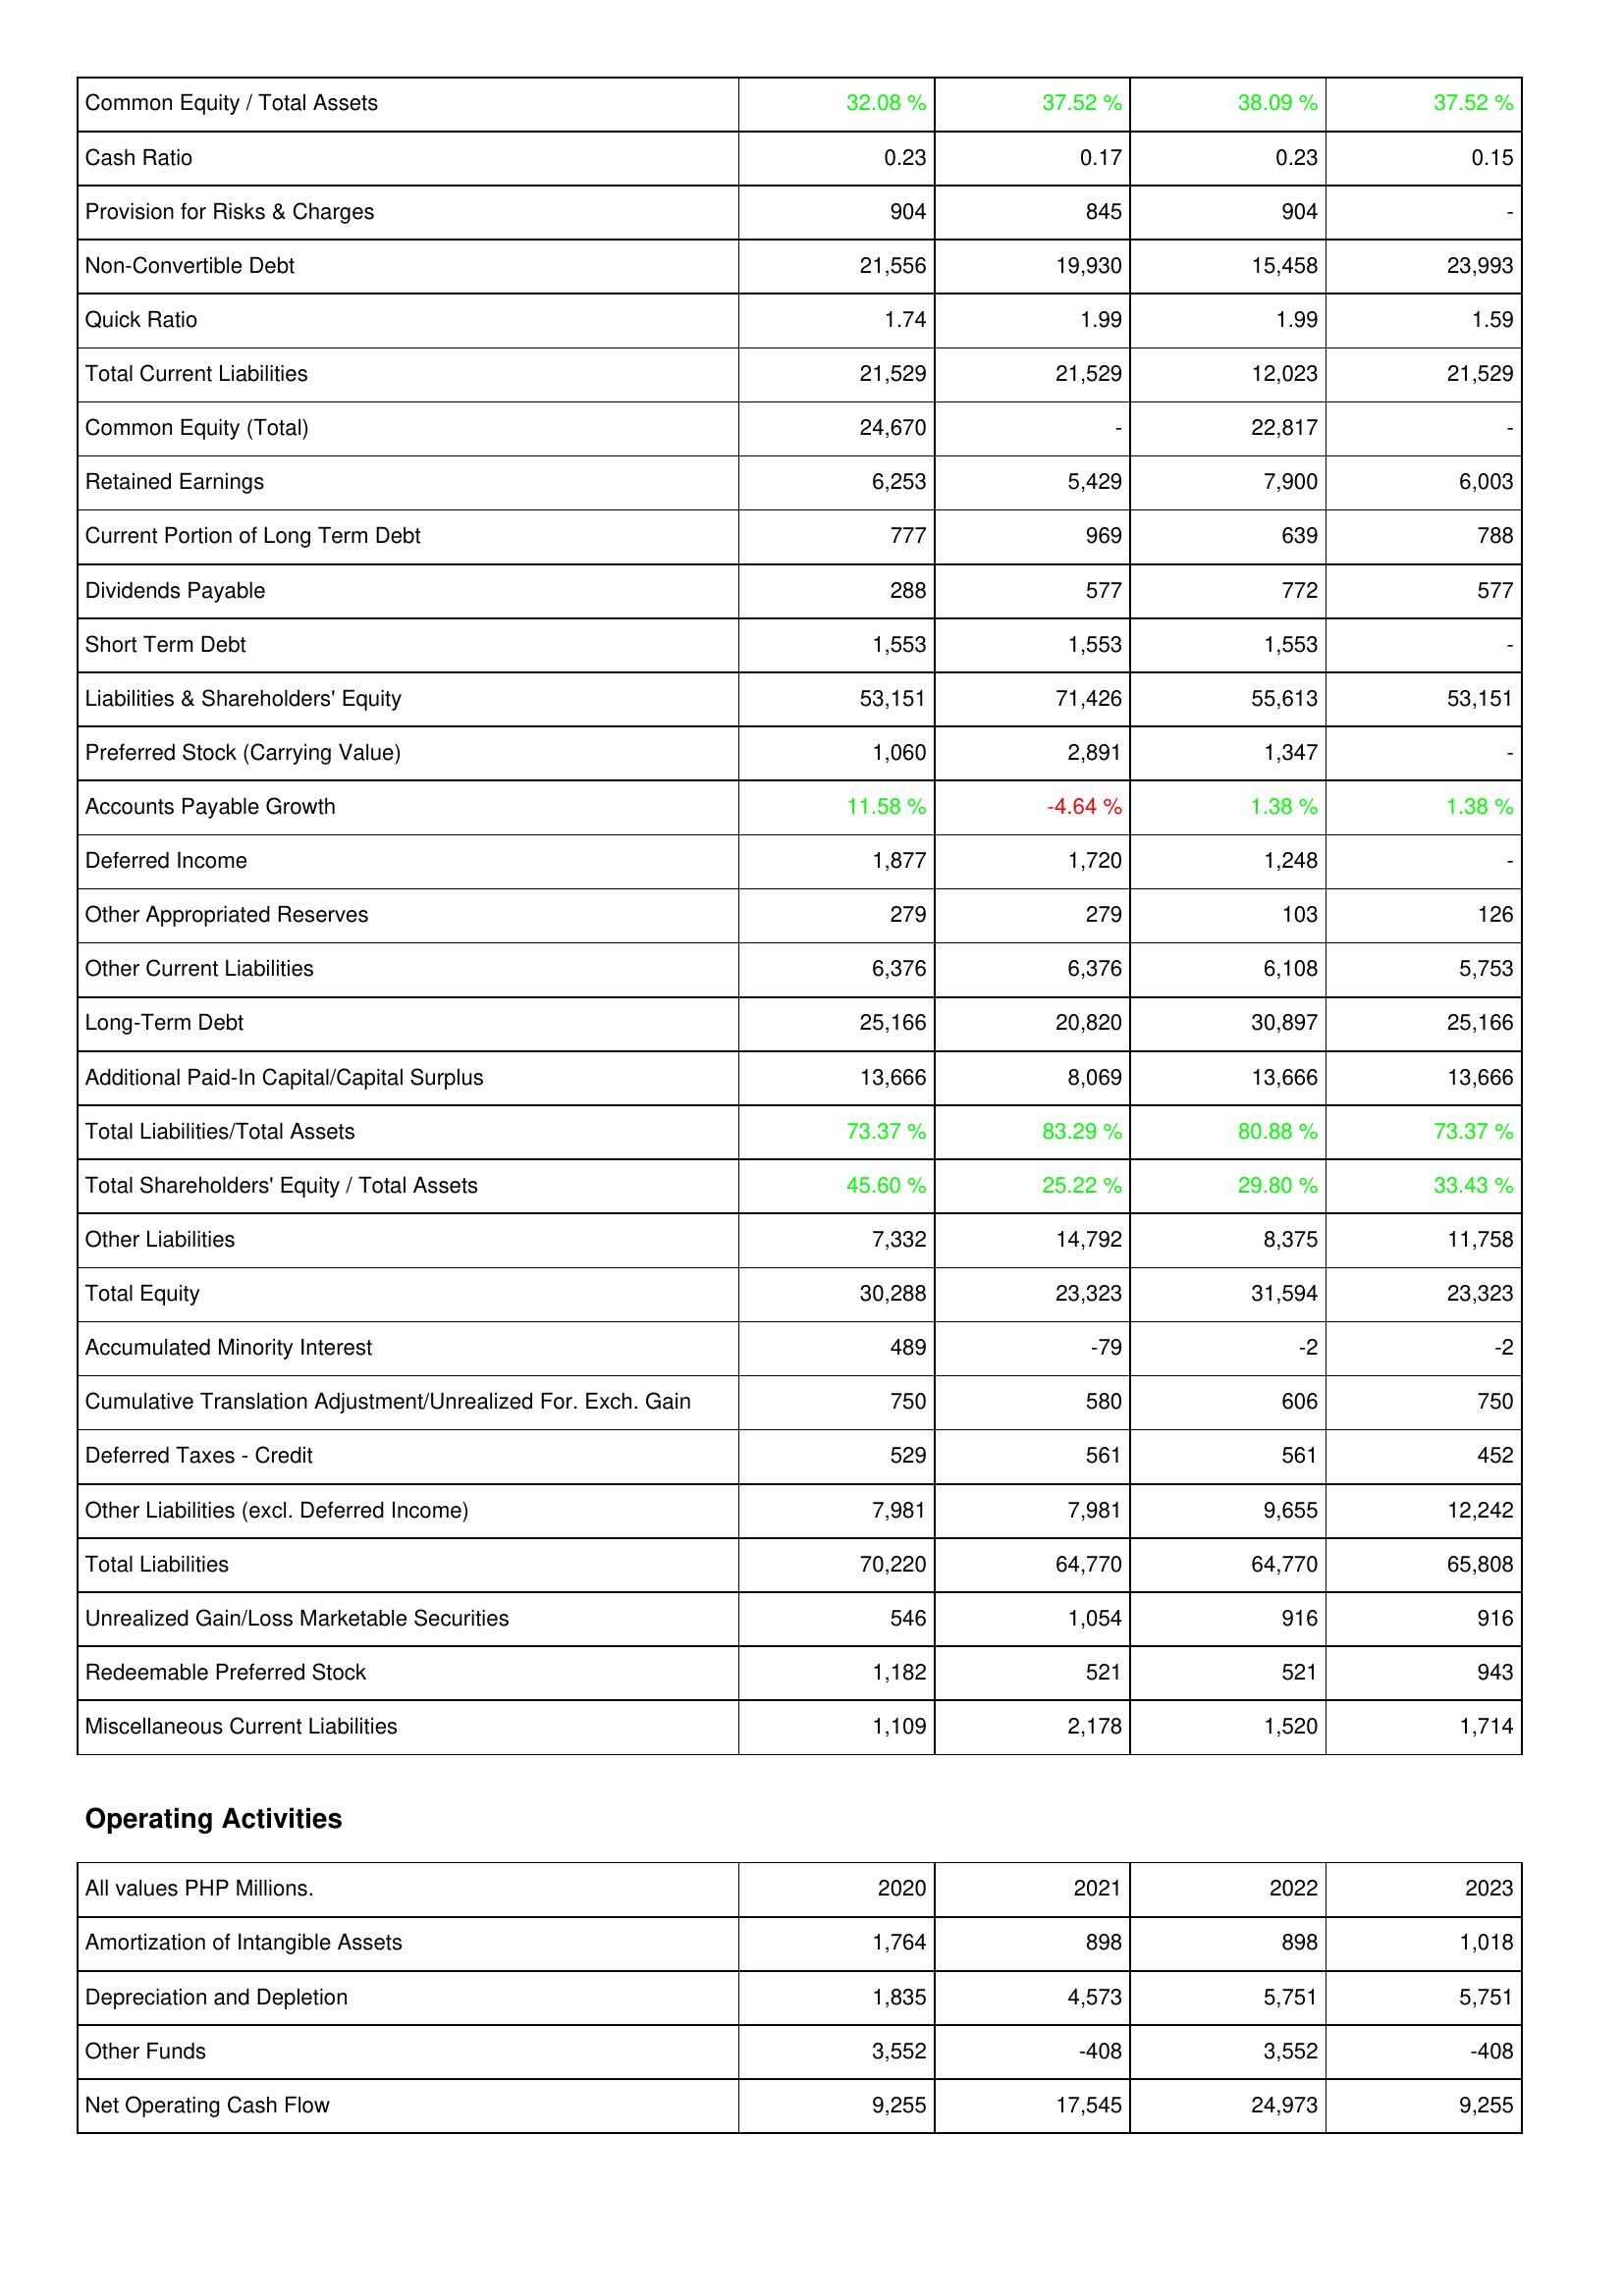
2020: Liabilities & Shareholders' Equity: Common Equity / Total Assets: 32.08 %
Cash Ratio: 0.23
Provision for Risks & Charges: 904
Non-Convertible Debt: 21,556
Quick Ratio: 1.74
Total Current Liabilities: 21,529
Common Equity (Total): 24,670
Retained Earnings: 6,253
Current Portion of Long Term Debt: 777
Dividends Payable: 288
Short Term Debt: 1,553
Liabilities & Shareholders' Equity: 53,151
Preferred Stock (Carrying Value): 1,060
Accounts Payable Growth: 11.58 %
Deferred Income: 1,877
Other Appropriated Reserves: 279
Other Current Liabilities: 6,376
Long-Term Debt: 25,166
Additional Paid-In Capital/Capital Surplus: 13,666
Total Liabilities/Total Assets: 73.37 %
Total Shareholders' Equity / Total Assets: 45.60 %
Other Liabilities: 7,332
Total Equity: 30,288
Accumulated Minority Interest: 489
Cumulative Translation Adjustment/Unrealized For. Exch. Gain: 750
Deferred Taxes - Credit: 529
Other Liabilities (excl. Deferred Income): 7,981
Total Liabilities: 70,220
Unrealized Gain/Loss Marketable Securities: 546
Redeemable Preferred Stock: 1,182
Miscellaneous Current Liabilities: 1,109
Operating Activities: Amortization of Intangible Assets: 1,764
Depreciation and Depletion: 1,835
Other Funds: 3,552
Net Operating Cash Flow: 9,255
2021: Liabilities & Shareholders' Equity: Common Equity / Total Assets: 37.52 %
Cash Ratio: 0.17
Provision for Risks & Charges: 845
Non-Convertible Debt: 19,930
Quick Ratio: 1.99
Total Current Liabilities: 21,529
Common Equity (Total): -
Retained Earnings: 5,429
Current Portion of Long Term Debt: 969
Dividends Payable: 577
Short Term Debt: 1,553
Liabilities & Shareholders' Equity: 71,426
Preferred Stock (Carrying Value): 2,891
Accounts Payable Growth: -4.64 %
Deferred Income: 1,720
Other Appropriated Reserves: 279
Other Current Liabilities: 6,376
Long-Term Debt: 20,820
Additional Paid-In Capital/Capital Surplus: 8,069
Total Liabilities/Total Assets: 83.29 %
Total Shareholders' Equity / Total Assets: 25.22 %
Other Liabilities: 14,792
Total Equity: 23,323
Accumulated Minority Interest: -79
Cumulative Translation Adjustment/Unrealized For. Exch. Gain: 580
Deferred Taxes - Credit: 561
Other Liabilities (excl. Deferred Income): 7,981
Total Liabilities: 64,770
Unrealized Gain/Loss Marketable Securities: 1,054
Redeemable Preferred Stock: 521
Miscellaneous Current Liabilities: 2,178
Operating Activities: Amortization of Intangible Assets: 898
Depreciation and Depletion: 4,573
Other Funds: -408
Net Operating Cash Flow: 17,545
2022: Liabilities & Shareholders' Equity: Common Equity / Total Assets: 38.09 %
Cash Ratio: 0.23
Provision for Risks & Charges: 904
Non-Convertible Debt: 15,458
Quick Ratio: 1.99
Total Current Liabilities: 12,023
Common Equity (Total): 22,817
Retained Earnings: 7,900
Current Portion of Long Term Debt: 639
Dividends Payable: 772
Short Term Debt: 1,553
Liabilities & Shareholders' Equity: 55,613
Preferred Stock (Carrying Value): 1,347
Accounts Payable Growth: 1.38 %
Deferred Income: 1,248
Other Appropriated Reserves: 103
Other Current Liabilities: 6,108
Long-Term Debt: 30,897
Additional Paid-In Capital/Capital Surplus: 13,666
Total Liabilities/Total Assets: 80.88 %
Total Shareholders' Equity / Total Assets: 29.80 %
Other Liabilities: 8,375
Total Equity: 31,594
Accumulated Minority Interest: -2
Cumulative Translation Adjustment/Unrealized For. Exch. Gain: 606
Deferred Taxes - Credit: 561
Other Liabilities (excl. Deferred Income): 9,655
Total Liabilities: 64,770
Unrealized Gain/Loss Marketable Securities: 916
Redeemable Preferred Stock: 521
Miscellaneous Current Liabilities: 1,520
Operating Activities: Amortization of Intangible Assets: 898
Depreciation and Depletion: 5,751
Other Funds: 3,552
Net Operating Cash Flow: 24,973
2023: Liabilities & Shareholders' Equity: Common Equity / Total Assets: 37.52 %
Cash Ratio: 0.15
Provision for Risks & Charges: -
Non-Convertible Debt: 23,993
Quick Ratio: 1.59
Total Current Liabilities: 21,529
Common Equity (Total): -
Retained Earnings: 6,003
Current Portion of Long Term Debt: 788
Dividends Payable: 577
Short Term Debt: -
Liabilities & Shareholders' Equity: 53,151
Preferred Stock (Carrying Value): -
Accounts Payable Growth: 1.38 %
Deferred Income: -
Other Appropriated Reserves: 126
Other Current Liabilities: 5,753
Long-Term Debt: 25,166
Additional Paid-In Capital/Capital Surplus: 13,666
Total Liabilities/Total Assets: 73.37 %
Total Shareholders' Equity / Total Assets: 33.43 %
Other Liabilities: 11,758
Total Equity: 23,323
Accumulated Minority Interest: -2
Cumulative Translation Adjustment/Unrealized For. Exch. Gain: 750
Deferred Taxes - Credit: 452
Other Liabilities (excl. Deferred Income): 12,242
Total Liabilities: 65,808
Unrealized Gain/Loss Marketable Securities: 916
Redeemable Preferred Stock: 943
Miscellaneous Current Liabilities: 1,714
Operating Activities: Amortization of Intangible Assets: 1,018
Depreciation and Depletion: 5,751
Other Funds: -408
Net Operating Cash Flow: 9,255